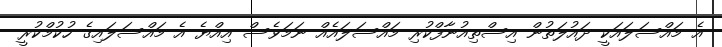
އެ މައްސަލައަކީ ދައުލަތުން އިސްތިއުނާފްކުރި މައްސަލައެއް ނަމަވެސް އިއްޔެ އެ މައްސަލައިގެ ހުކުމްކުރީ